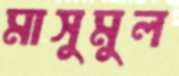
মাসুমুল